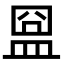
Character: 𥁰